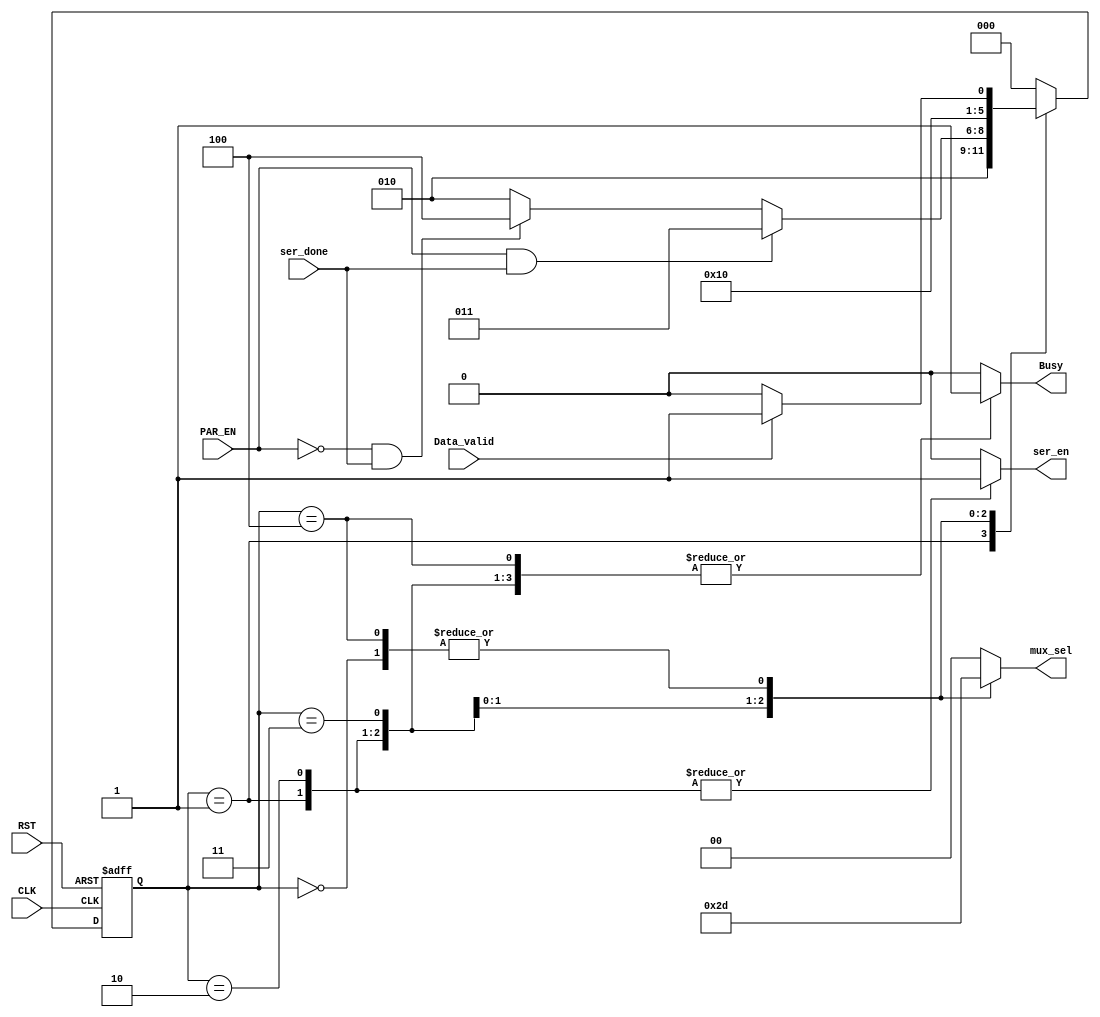
module UART_TX_FSM(
  input Data_valid,
  input PAR_EN, ser_done,
  input RST, CLK,
  output reg ser_en, Busy,
  output reg [1:0] mux_sel
);

  //Registers to store present state and next state
  reg [2:0] present_state, next_state;
  
  //FSM states
  parameter [2:0] IDLE = 3'b000;
  parameter [2:0] STR = 3'b001;
  parameter [2:0] DATA = 3'b010;
  parameter [2:0] PARITY = 3'b011;
  parameter [2:0] STP = 3'b100;
  
  always@(posedge CLK or negedge RST)
  begin
    if(!RST)
      begin
        present_state <= IDLE;
      end
    else present_state <= next_state;
  end
  
  //Next state logic
  always@(*)
  begin
    next_state = IDLE;
    case(present_state)
        IDLE:
          begin
            if(Data_valid == 1'b1) 
               next_state = STR;
            else next_state = IDLE;
          end
        
        STR: next_state = DATA; 
        
        DATA:
          begin
            if(PAR_EN == 1'b1 && ser_done == 1'b1) 
               next_state = PARITY;
            else if (PAR_EN == 1'b0 && ser_done == 1'b1)
               next_state = STP;
            else next_state = DATA;
          end
          
        PARITY: next_state = STP;
        
        STP:
          begin
            if(Data_valid == 1'b1) 
               next_state = STR;
            else next_state = IDLE;
          end
          
        default: next_state = IDLE;
          
      endcase
  end
  
  //Output Logic
  always@(*)
  begin
    case(present_state)
        IDLE:
          begin
            ser_en = 1'b0;
            Busy = 1'b0;
            mux_sel = 2'b01;
          end
        
        STR:
          begin
            ser_en = 1'b1;
            Busy = 1'b1;
            mux_sel = 2'b00;
          end 
        
        DATA:
          begin
            ser_en = 1'b1;
            Busy = 1'b1;
            mux_sel = 2'b10;
          end
          
        PARITY:
          begin
            ser_en = 1'b0;
            Busy = 1'b1;
            mux_sel = 2'b11;
          end
        
        STP:
          begin
            ser_en = 1'b0;
            Busy = 1'b1;
            mux_sel = 2'b01;
          end
          
        default:
          begin
            ser_en = 1'b0;
            Busy = 1'b0;
            mux_sel = 2'b00;
          end
      endcase
  end
endmodule